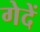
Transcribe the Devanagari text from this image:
गेदें